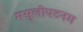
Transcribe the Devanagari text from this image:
मसुलीपटनम